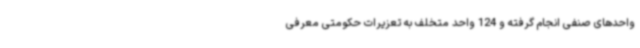
واحدهای صنفی انجام گرفته و 124 واحد متخلف به تعزیرات حکومتی معرفی